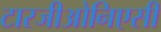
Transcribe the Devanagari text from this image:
टारजीओनिएसी